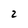
Character: 2